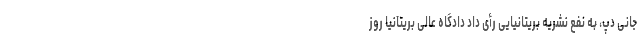
جانی دپ، به نفع نشریهٔ بریتانیایی رأی داد دادگاه عالی بریتانیا روز